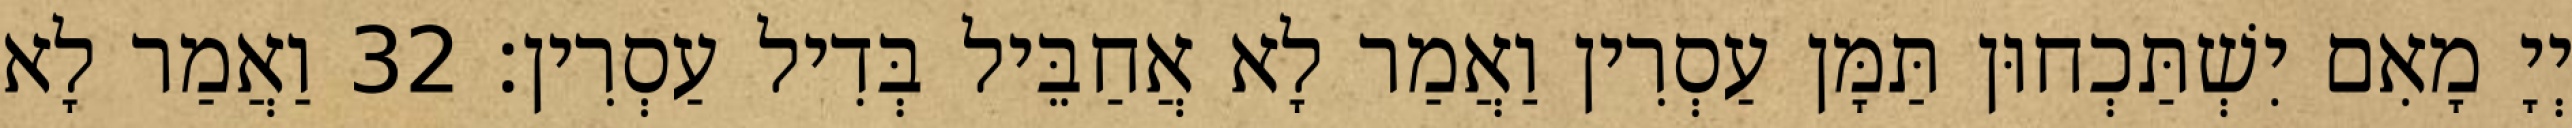
יְיָ מָאִם יִשְׁתַּכְחוּן תַּמָּן עַסְרִין וַאֲמַר לָא אֲחַבֵּיל בְּדִיל עַסְרִין׃ 32 וַאֲמַר לָא